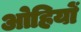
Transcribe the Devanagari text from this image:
ओहियों